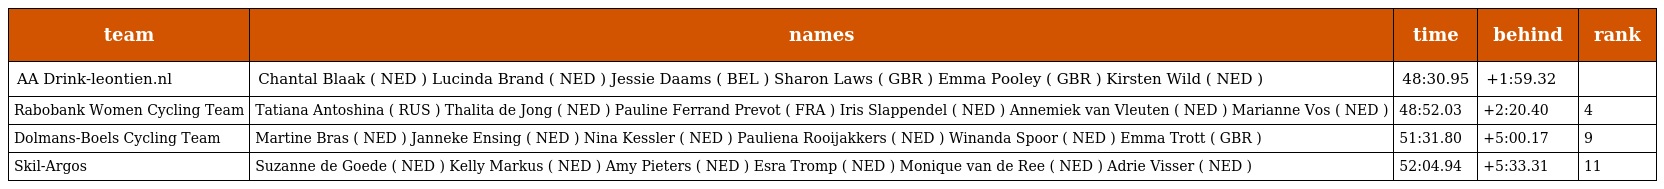
| team | names | time | behind | rank |
 | --- | --- | --- | --- | --- |
 | AA Drink-leontien.nl | Chantal Blaak ( NED ) Lucinda Brand ( NED ) Jessie Daams ( BEL ) Sharon Laws ( GBR ) Emma Pooley ( GBR ) Kirsten Wild ( NED ) | 48:30.95 | +1:59.32 |  |
 | Rabobank Women Cycling Team | Tatiana Antoshina ( RUS ) Thalita de Jong ( NED ) Pauline Ferrand Prevot ( FRA ) Iris Slappendel ( NED ) Annemiek van Vleuten ( NED ) Marianne Vos ( NED ) | 48:52.03 | +2:20.40 | 4 |
 | Dolmans-Boels Cycling Team | Martine Bras ( NED ) Janneke Ensing ( NED ) Nina Kessler ( NED ) Pauliena Rooijakkers ( NED ) Winanda Spoor ( NED ) Emma Trott ( GBR ) | 51:31.80 | +5:00.17 | 9 |
 | Skil-Argos | Suzanne de Goede ( NED ) Kelly Markus ( NED ) Amy Pieters ( NED ) Esra Tromp ( NED ) Monique van de Ree ( NED ) Adrie Visser ( NED ) | 52:04.94 | +5:33.31 | 11 |